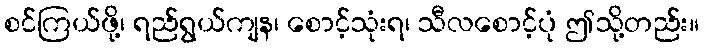
စင်ကြယ်ဖို့၊ ရည်ရွယ်ကျန၊ စောင့်သုံးရ၊ သီလစောင့်ပုံ ဤသို့တည်း။